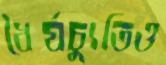
ধৈর্যচ্যুতিও